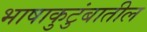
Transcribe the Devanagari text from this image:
भाषाकुटुंबातील